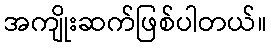
အကျိုးဆက်ဖြစ်ပါတယ်။